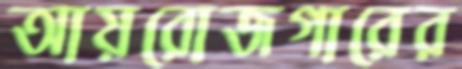
আয়রোজগারের